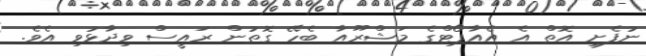
ނުފެށި އޮތް އެ އެއާޕޯޓްގެ މަޝްރޫއާ ބެހޭ ގޮތުން ރައީސް ވިދާޅުވި އެވެ.